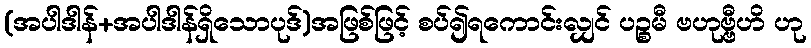
(အပါဒါန်+အပါဒါန်ရှိသောပုဒ်)အဖြစ်ဖြင့် စပ်၍ရကောင်းလျှင် ပဉ္စမီ ဗဟုဗ္ဗီဟိ ဟု